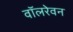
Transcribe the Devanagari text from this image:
वॉलरेवन